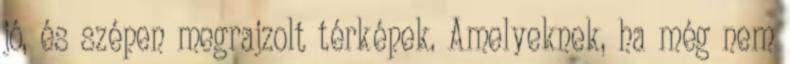
jó, és szépen megrajzolt térképek. Amelyeknek, ha még nem